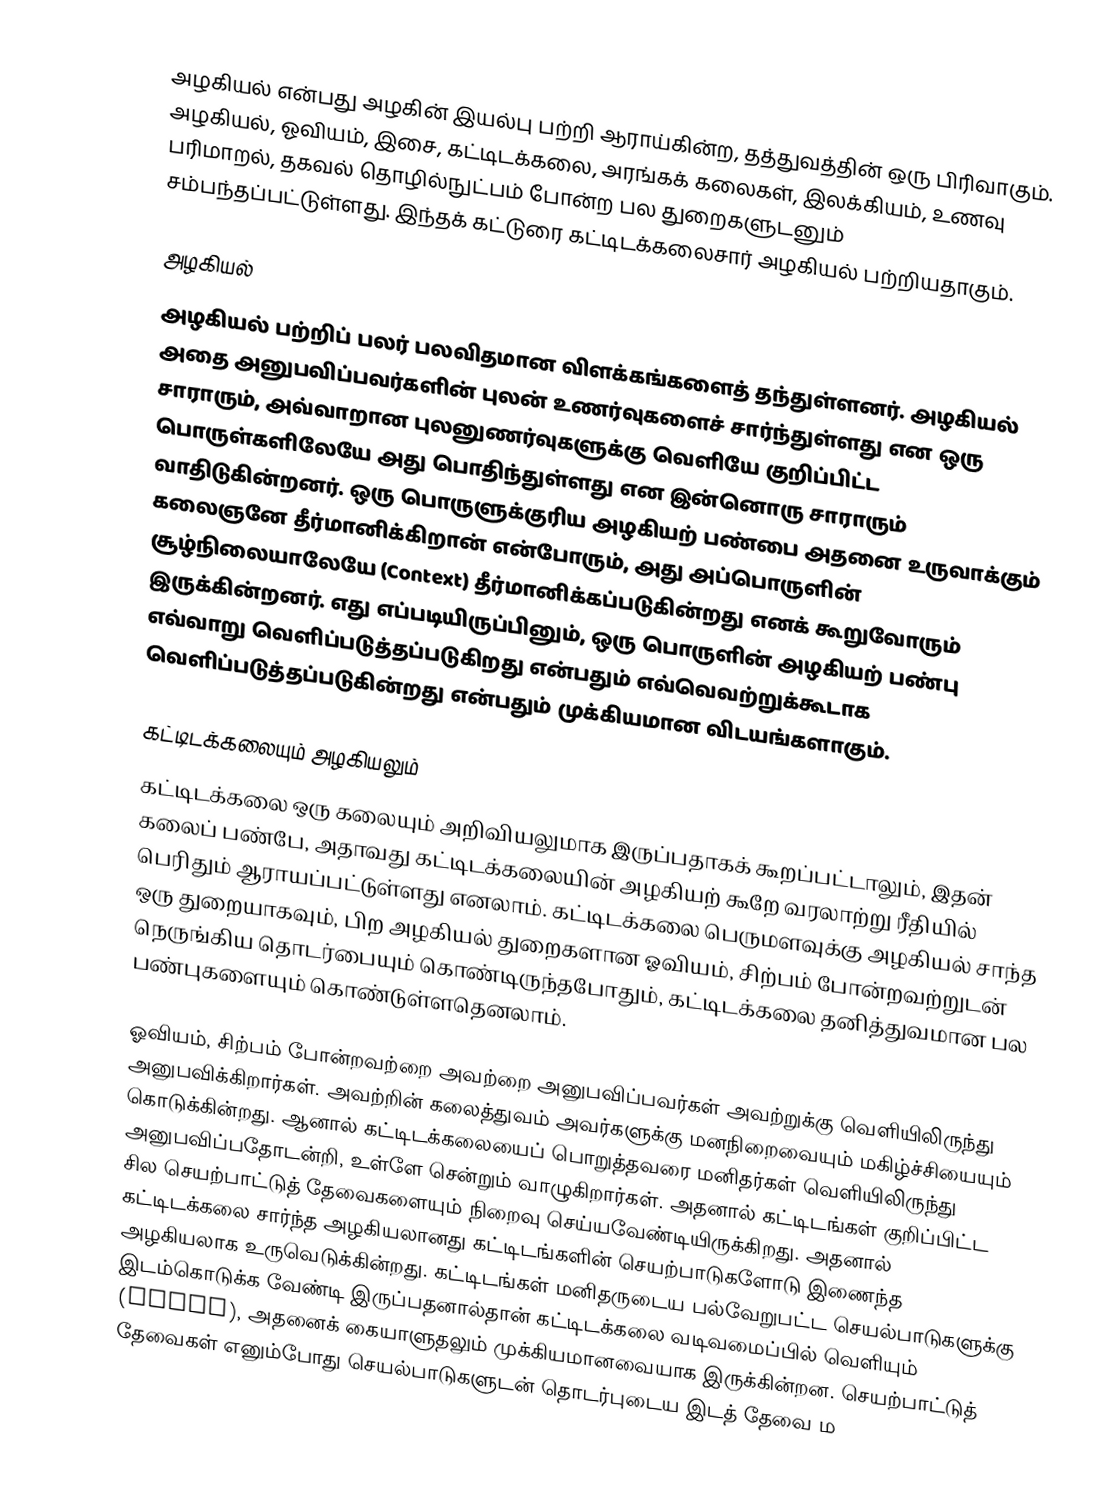
அழகியல் என்பது அழகின் இயல்பு பற்றி ஆராய்கின்ற, தத்துவத்தின் ஒரு பிரிவாகும். அழகியல், ஓவியம், இசை, கட்டிடக்கலை, அரங்கக் கலைகள், இலக்கியம், உணவு பரிமாறல், தகவல் தொழில்நுட்பம் போன்ற பல துறைகளுடனும் சம்பந்தப்பட்டுள்ளது. இந்தக் கட்டுரை கட்டிடக்கலைசார் அழகியல் பற்றியதாகும்.

அழகியல்
அழகியல் பற்றிப் பலர் பலவிதமான விளக்கங்களைத் தந்துள்ளனர். அழகியல் அதை அனுபவிப்பவர்களின் புலன் உணர்வுகளைச் சார்ந்துள்ளது என ஒரு சாராரும், அவ்வாறான புலனுணர்வுகளுக்கு வெளியே குறிப்பிட்ட பொருள்களிலேயே அது பொதிந்துள்ளது என இன்னொரு சாராரும் வாதிடுகின்றனர். ஒரு பொருளுக்குரிய அழகியற் பண்பை அதனை உருவாக்கும் கலைஞனே தீர்மானிக்கிறான் என்போரும், அது அப்பொருளின் சூழ்நிலையாலேயே (Context) தீர்மானிக்கப்படுகின்றது எனக் கூறுவோரும் இருக்கின்றனர். எது எப்படியிருப்பினும், ஒரு பொருளின் அழகியற் பண்பு எவ்வாறு வெளிப்படுத்தப்படுகிறது என்பதும் எவ்வெவற்றுக்கூடாக வெளிப்படுத்தப்படுகின்றது என்பதும் முக்கியமான விடயங்களாகும்.

கட்டிடக்கலையும் அழகியலும்
கட்டிடக்கலை ஒரு கலையும் அறிவியலுமாக இருப்பதாகக் கூறப்பட்டாலும், இதன் கலைப் பண்பே, அதாவது கட்டிடக்கலையின் அழகியற் கூறே வரலாற்று ரீதியில் பெரிதும் ஆராயப்பட்டுள்ளது எனலாம். கட்டிடக்கலை பெருமளவுக்கு அழகியல் சாந்த ஒரு துறையாகவும், பிற அழகியல் துறைகளான ஓவியம், சிற்பம் போன்றவற்றுடன் நெருங்கிய தொடர்பையும் கொண்டிருந்தபோதும், கட்டிடக்கலை தனித்துவமான பல பண்புகளையும் கொண்டுள்ளதெனலாம்.

ஓவியம், சிற்பம் போன்றவற்றை அவற்றை அனுபவிப்பவர்கள் அவற்றுக்கு வெளியிலிருந்து அனுபவிக்கிறார்கள். அவற்றின் கலைத்துவம் அவர்களுக்கு மனநிறைவையும் மகிழ்ச்சியையும் கொடுக்கின்றது. ஆனால் கட்டிடக்கலையைப் பொறுத்தவரை மனிதர்கள் வெளியிலிருந்து அனுபவிப்பதோடன்றி, உள்ளே சென்றும் வாழுகிறார்கள். அதனால் கட்டிடங்கள் குறிப்பிட்ட சில செயற்பாட்டுத் தேவைகளையும் நிறைவு செய்யவேண்டியிருக்கிறது. அதனால் கட்டிடக்கலை சார்ந்த அழகியலானது கட்டிடங்களின் செயற்பாடுகளோடு இணைந்த அழகியலாக உருவெடுக்கின்றது. கட்டிடங்கள் மனிதருடைய பல்வேறுபட்ட செயல்பாடுகளுக்கு இடம்கொடுக்க வேண்டி இருப்பதனால்தான் கட்டிடக்கலை வடிவமைப்பில் வெளியும் (Space), அதனைக் கையாளுதலும் முக்கியமானவையாக இருக்கின்றன. செயற்பாட்டுத் தேவைகள் எனும்போது செயல்பாடுகளுடன் தொடர்புடைய இடத் தேவை ம